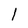
Character: 1